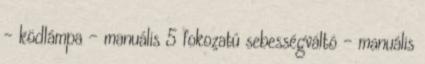
– ködlámpa – manuális 5 fokozatú sebességváltó – manuális